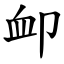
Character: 卹